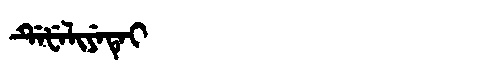
Manchu: ᡩᡝᡶᡝᠯᡳᠶᡝᡨᡝᡳ
Romanization: DEFELIYETEI